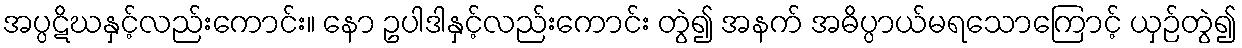
အပ္ပဋိဃနှင့်လည်းကောင်း။ နော ဥပါဒါနှင့်လည်းကောင်း တွဲ၍ အနက် အဓိပ္ပာယ်မရသောကြောင့် ယှဉ်တွဲ၍